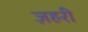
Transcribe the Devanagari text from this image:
ज़हरी